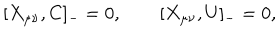
[ X _ { \mu \nu } , C ] _ { - } = 0 , \qquad [ X _ { \mu \nu } , U ] _ { - } = 0 ,